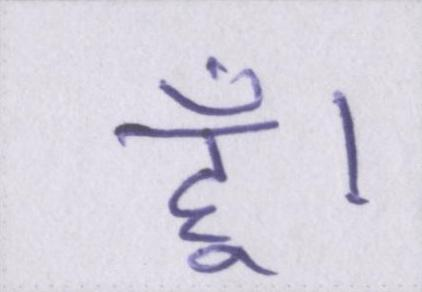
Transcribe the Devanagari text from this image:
हूँ।